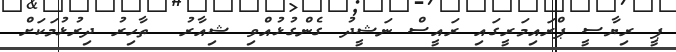
ޕީ ރިޔާސީ ޕްރައިމަރީގައި ރައީސް ނަޝީދު ގެންގުޅުއްވި ޝިއާރު  ތާހިރު ދިރުޅުމަކަށް